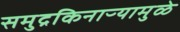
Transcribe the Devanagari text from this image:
समुद्रकिनाऱ्यामुळे